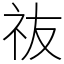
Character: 鿆